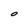
Character: O